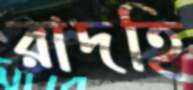
রাদহি